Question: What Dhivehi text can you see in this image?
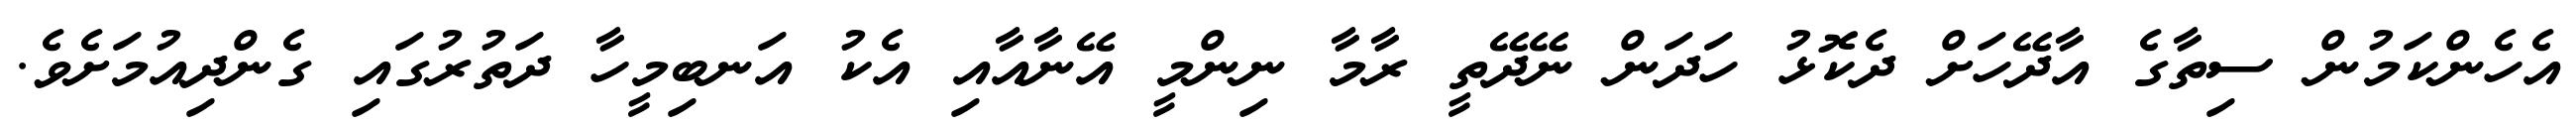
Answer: އެހެންކަމުން ސިތާގެ އާދޭހަށް ދެކޮޅު ހަދަން ނޭދޭތީ ރާމާ ނިންމީ އޭނާއާއި އެކު އަނބިމީހާ ދަތުރުގައި ގެންދިއުމަށެވެ.